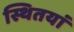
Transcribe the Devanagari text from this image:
स्थितयां